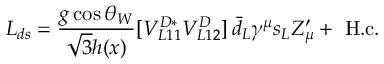
{ \cal L } _ { d s } = \frac { g \cos \theta _ { W } } { \sqrt { 3 } h ( x ) } [ V _ { L 1 1 } ^ { D * } V _ { L 1 2 } ^ { D } ] \, \bar { d } _ { L } \gamma ^ { \mu } s _ { L } Z _ { \mu } ^ { \prime } + \mathrm { ~ H . c . }